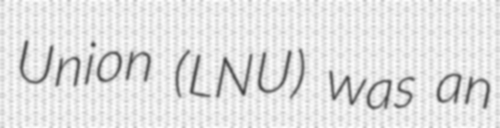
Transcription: Union (LNU) was an